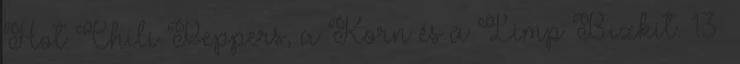
Hot Chili Peppers, a Korn és a Limp Bizkit. 13